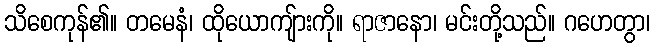
သိစေကုန်၏။ တမေနံ၊ ထိုယောကျ်ားကို။ ရာဇာနော၊ မင်းတို့သည်။ ဂဟေတွာ၊